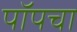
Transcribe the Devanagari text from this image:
पॉपचा